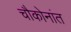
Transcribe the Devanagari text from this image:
चौकोनांत